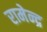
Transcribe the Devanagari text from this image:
रामेन्द्र